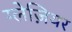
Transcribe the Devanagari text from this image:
ग्लेज़ियर